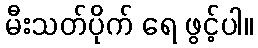
မီးသတ်ပိုက် ရေ ဖွင့်ပါ။